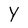
Character: Y